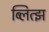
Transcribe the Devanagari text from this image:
ब्लित्झ